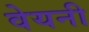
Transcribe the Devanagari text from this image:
वेयनी